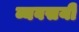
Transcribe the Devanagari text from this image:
व्यवसयी